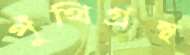
পুঁথিগ্রন্থ